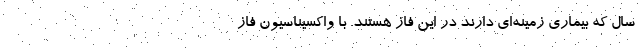
سال که بیماری زمینه‌ای دارند در این فاز هستند. با واکسیناسیون فاز